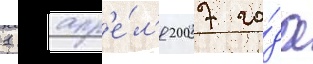
1 апр'е́л'я 2007 го́да